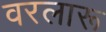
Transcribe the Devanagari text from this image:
वरलारू